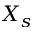
X _ { s }